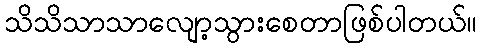
သိသိသာသာလျော့သွားစေတာဖြစ်ပါတယ်။